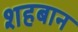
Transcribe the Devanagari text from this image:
शहबान